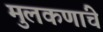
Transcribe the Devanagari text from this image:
मुलकणांचे